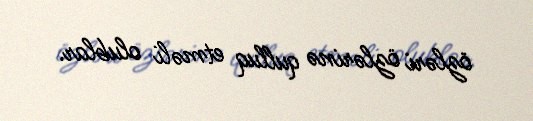
özləri özlərinə qulluq etməli olublar.